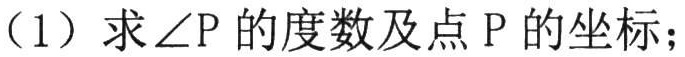
（1）求\(\angle P\)的度数及点\(P\)的坐标；